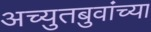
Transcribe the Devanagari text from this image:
अच्युतबुवांच्या